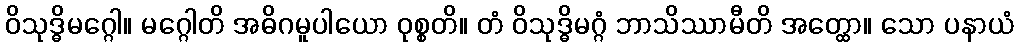
ဝိသုဒ္ဓိမဂ္ဂေါ။ မဂ္ဂေါတိ အဓိဂမူပါယော ဝုစ္စတိ။ တံ ဝိသုဒ္ဓိမဂ္ဂံ ဘာသိဿာမီတိ အတ္ထော။ သော ပနာယံ